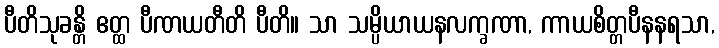
ပီတိသုခန္တိ ဧတ္ထ ပီဏယတီတိ ပီတိ။ သာ သမ္ပိယာယနလက္ခဏာ, ကာယစိတ္တပီနနရသာ,